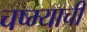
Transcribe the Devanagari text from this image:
चष्म्याची